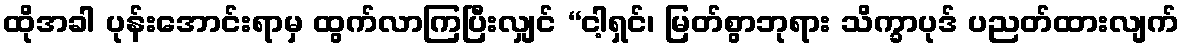
ထိုအခါ ပုန်းအောင်းရာမှ ထွက်လာကြပြီးလျှင် “ငါ့ရှင်၊ မြတ်စွာဘုရား သိက္ခာပုဒ် ပညတ်ထားလျက်